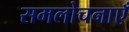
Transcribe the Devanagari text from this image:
समलोचनाएँ